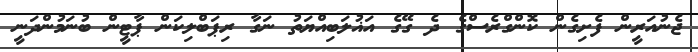
ޖެނުއަރީން ފެށިގެން ކޮންގްރެސްގެ ދެ ގޭގެ އަޣުލަބިއްޔަތު ނަގާ ރިޕަބްލިކަން ޕާޓީން ބުނަމުންދަނީ